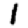
Digit: 1